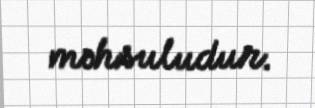
məhsuludur.